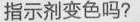
指示剂变色吗?